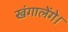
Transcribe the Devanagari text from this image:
खंगालेंगे।